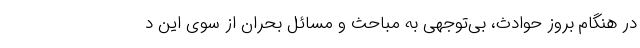
در هنگام بروز حوادث، بی‌توجهی به مباحث و مسائل بحران از سوی این د